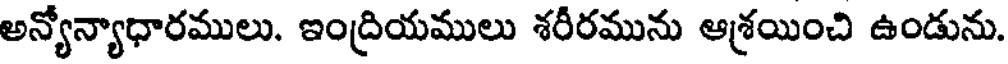
అన్యోన్యాధారములు. ఇంద్రియములు శరీరమును ఆశ్రయించి ఉండును.